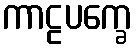
ကာဠပက္ခေ